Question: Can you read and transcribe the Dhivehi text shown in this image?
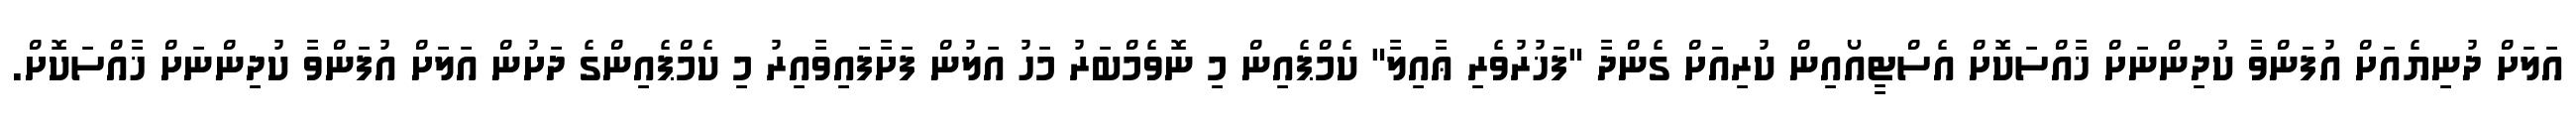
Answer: އަލަށް ދުނިޔެއަށް އުފަންވާ ކުދިންނަށް ޚާއްސަކޮށް އެސްޓީއޯއިން ކުރިއަށް ގެންދާ "ފަޚުރުވެރި ޢާއިލާ" ކެމްޕެއިން މި ނޮވެމްބަރު މަހު އަލުން ފަށާފައިވާއިރު މި ކެމްޕެއިންގެ ދަށުން އަލަށް އުފަންވާ ކުދިންނަށް ޚާއްސަކޮށް.